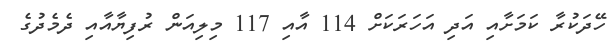
ހޭދަކުރާ ކަމަށާއި އަދި އަހަރަކަށް 114 އާއި 117 މިލިއަން ރުފިޔާއާއި ދެމެދުގެ